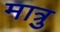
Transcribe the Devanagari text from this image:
मात्रु